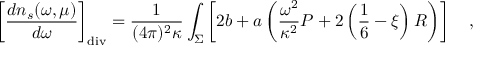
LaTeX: \left[ { \frac { d n _ { s } ( \omega , \mu ) } { d \omega } } \right] _ { \mathrm { d i v } } = { \frac { 1 } { ( 4 \pi ) ^ { 2 } \kappa } } \int _ { \Sigma } \left[ 2 b + a \left( { \frac { \omega ^ { 2 } } { \kappa ^ { 2 } } } P + 2 \left( \frac 1 6 - \xi \right) R \right) \right] ~ ~ ~ ,